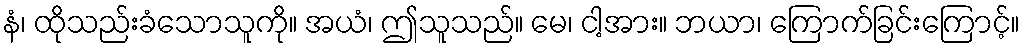
နံ၊ ထိုသည်းခံသောသူကို။ အယံ၊ ဤသူသည်။ မေ၊ ငါ့အား။ ဘယာ၊ ကြောက်ခြင်းကြောင့်။